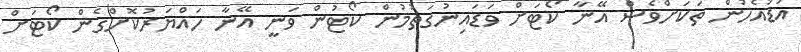
އަޑުއެހުން ތަކަށްވެސް އޭނާ ކޯޓަށް ވަޑައިނުގަތުމުން ކޯޓުން ވަނީ އޭނާ ހައްޔަރުކޮށްގެން ކޯޓަށް